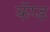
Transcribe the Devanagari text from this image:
कॅप्ड